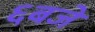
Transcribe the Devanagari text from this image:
६बजे